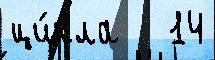
ци́кла   14